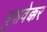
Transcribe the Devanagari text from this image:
बुशवेक्कर